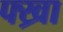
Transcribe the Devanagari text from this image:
फ्ख्रा